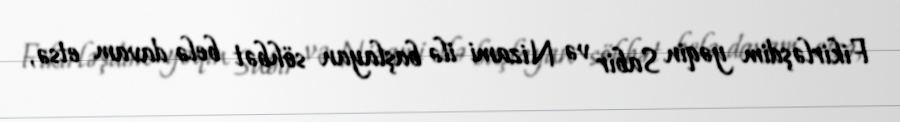
Fikirləşdim yəqin Sabir və Nizami ilə başlayan söhbət belə davam etsə,